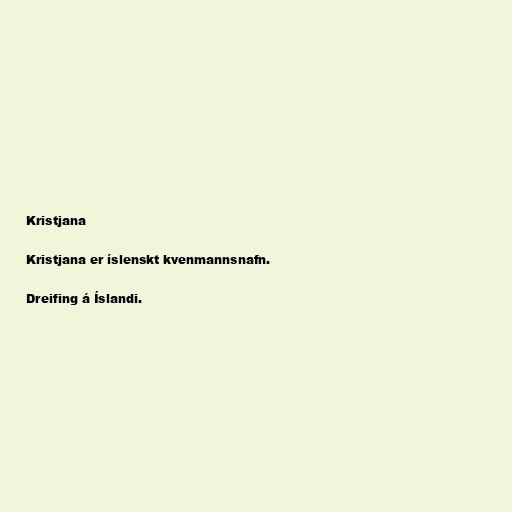
Kristjana

Kristjana er íslenskt kvenmannsnafn.

Dreifing á Íslandi.